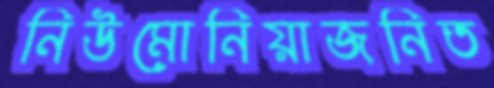
নিউমোনিয়াজনিত